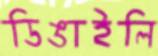
ডিঙাইলি